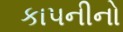
કાપનીનો